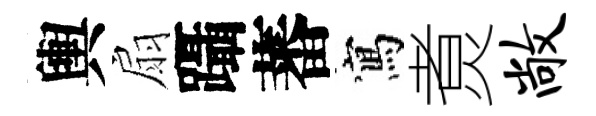
輿扇躡蕃寫煑敞